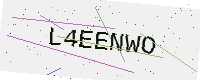
Text: L4EENWO